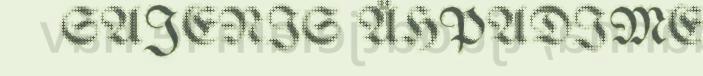
SAJENIS ÅHPADIME